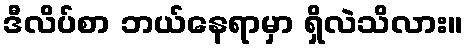
ဒီလိပ်စာ ဘယ်နေရာမှာ ရှိလဲသိလား။